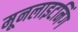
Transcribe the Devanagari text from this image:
मूनलाइटनिंग